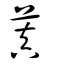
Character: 蒖